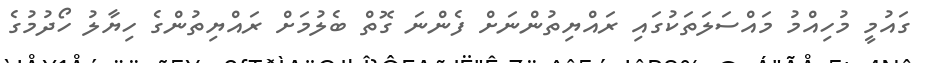
ގައުމީ މުހިއްމު މައްސަލަތަކުގައި ރައްޔިތުންނަށް ފެންނަ ގޮތް ބެލުމަށް ރައްޔިތުންގެ ހިޔާލު ހޯދުމުގެ